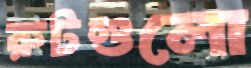
রুটগুলো